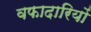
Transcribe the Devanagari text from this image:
वफादारियों